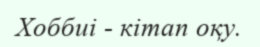
Хоббиі - кітап оқу.